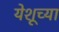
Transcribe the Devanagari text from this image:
येशूच्‍या